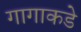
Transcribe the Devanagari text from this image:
गागाकडे